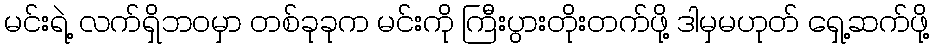
မင်းရဲ့ လက်ရှိဘ၀မှာ တစ်ခုခုက မင်းကို ကြီးပွားတိုးတက်ဖို့ ဒါမှမဟုတ် ရှေ့ဆက်ဖို့